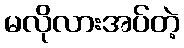
မလိုလားအပ်တဲ့